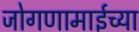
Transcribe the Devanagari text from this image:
जोगणामाईच्या